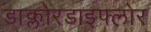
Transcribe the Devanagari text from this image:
डाक्लोरडाइफ्लोर